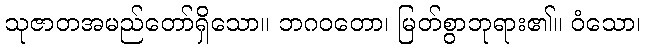
သုဇာတအမည်တော်ရှိသော။ ဘဂဝတော၊ မြတ်စွာဘုရား၏။ ဝံသော၊